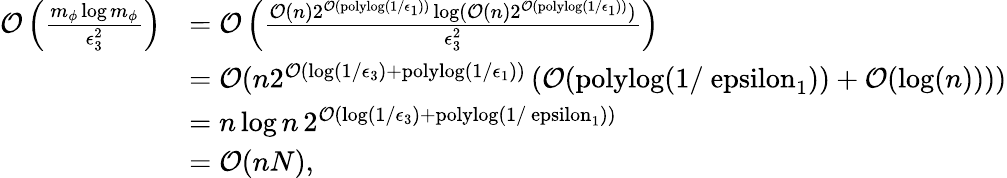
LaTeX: \begin{array}{rl}{\mathcal{O}\left(\frac{m_{\phi}\log m_{\phi}}{\epsilon_{3}^{2}}\right)}&{=\mathcal{O}\left(\frac{\mathcal{O}(n)2^{\mathcal{O}(\mathrm{polylog}(1/\epsilon_{1}))}\log(\mathcal{O}(n)2^{\mathcal{O}(\mathrm{polylog}(1/\epsilon_{1}))})}{\epsilon_{3}^{2}}\right)}\\ &{=\mathcal{O}(n2^{\mathcal{O}(\log(1/\epsilon_{3})+\mathrm{polylog}(1/\epsilon_{1}))}\left(\mathcal{O}(\mathrm{polylog(1/\ epsilon_{1})})+\mathcal{O}(\log(n))\right))}\\ &{=n\log n\, 2^{\mathcal{O}(\log(1/\epsilon_{3})+\mathrm{polylog(1/\ epsilon_{1})})}}\\ &{=\mathcal{O}(nN),}\end{array}